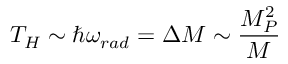
T _ { H } \sim \hbar \omega _ { r a d } = \Delta M \sim \frac { M _ { P } ^ { 2 } } { M }